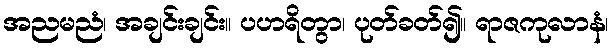
အညမညံ၊ အချင်းချင်း။ ပဟရိတွာ၊ ပုတ်ခတ်၍။ ရာဇကုလာနံ၊